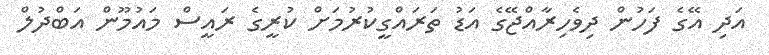
އަދި އޭގެ ފަހުން ދިވެހިރާއްޖޭގެ އަޑު ތަރައްގީކުރުމަށް ކުރީގެ ރައީސް މައުމޫން އަބްދުލް